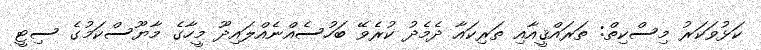
ކަޅުވަކަރު މިސްކިތް: ތަރައްޤީއާއި ތަރިކައާ ދެމެދު ކުރެވޭ ބަހުސެއްނެއްލައިދޫ މީހާގެ މާޔޫސްކަމުގެ ސިޓީ